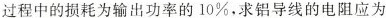
过程中的损耗为输出功率的10%，求铝导线的电阻应为